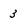
Character: 3